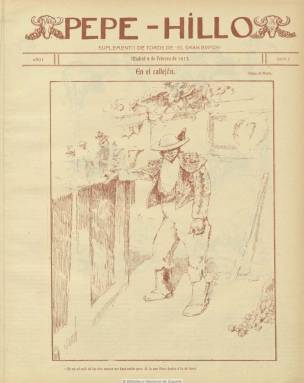
Título: Pepe-Hillo (Madrid)
Otros títulos: Pepe Hillo
Colección: Toros || Revistas satíricas y humorísticas
Ámbito geográfico: Madrid
Lugar de publicación: Madrid
Fechas: 09/02/1913-03/05/1913

El fundador y director de El Gran Bvfón (1912-1913), el dibujante e ilustrador de prensa Ricardo Marín y Llovet (1874-1955), edita hasta doce números de este título, como “suplemento de toros” del citado semanario, desde el nueve de febrero al tres de mayo de 1913, fecha esta en la que también desaparece la revista. Con secuencia propia, son cuatro páginas de gran formato en el que Marín publica en exclusiva una serie de apuntes naturales de las corridas de toros que en esa temporada se celebran en Madrid, acompañado de breves crónicas y notas sobre tauromaquia, en las que aparecen algunas firmas, como las del revistero Don Modesto y Ramón Fernández Mato.

A Marín se le ha reconocido como el creador de los apuntes tauromáquicos perfilados por fugaces líneas ágiles, como notas impresionistas, cuyos trazos se encuentran ya en Goya y que posteriormente crearon tendencia y escuela entre los ilustradores de la fiesta de los toros. Consúltese también en esta Hemeroteca Digital El Gran Bvfón, semanario ilustrado de humorismo, una publicación obra de Marín emparentada con el periodismo europeo de su clase y de una factura bellísima por su plasticidad modernista.